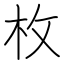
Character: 枚